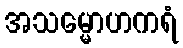
အသမ္မောဟကရံ